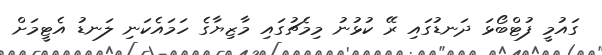
ގައުމީ ފުޓްބޯޅަ ދަނޑުގައި ރޭ ކުޅުނު މިމެޗުގައި މާޒިޔާގެ ހަމައެކަނި ލަނޑު އެޓީމަށް